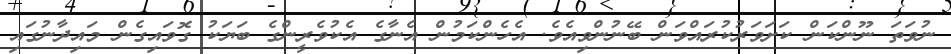
ނުވަތަ ނޫންކަން ކަށަވަރުކުރައްވަން ބޭނުންވިއެވެ. އެހެންކަމުން އެނާގެ އެކުވެރީންގެ ބަޔަކު ގޮވައިގެން މައިދާނުގައި